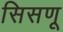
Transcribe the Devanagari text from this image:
सिसणू